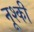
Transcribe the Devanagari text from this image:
नूश्की